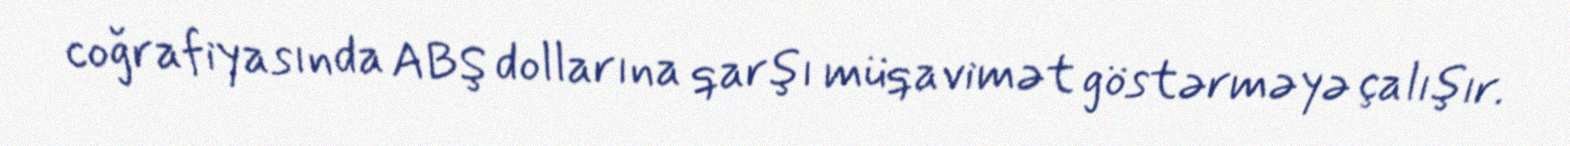
coğrafiyasında ABŞ dollarına qarşı müqavimət göstərməyə çalışır.